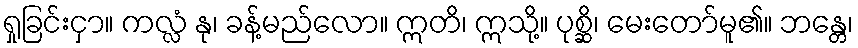
ရှုခြင်းငှာ။ ကလ္လံ နု၊ ခန့်မည်လော။ ဣတိ၊ ဣသို့။ ပုစ္ဆိ၊ မေးတော်မူ၏။ ဘန္တေ၊